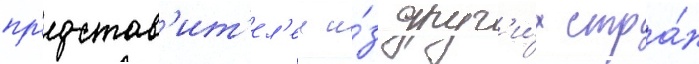
пр'едстав'ит'ел'еи и́з друг'и́х стра́н